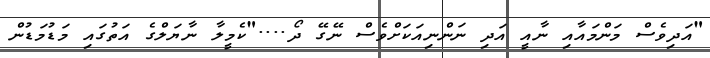
"އަދިވެސް މަންމައާއި ނާއީ އަދި ނަންނިއަކަށްވެސް ނޭގޭ ދޯ...."ކެމީލާ ނާޔަލްގެ އަތުގައި މަޑުމަޑުން